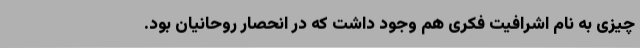
چیزی به نام اشرافیت فکری هم وجود داشت که در انحصار روحانیان بود.